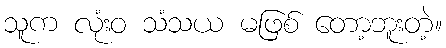
သူက လုံးဝ သံသယ မဖြစ် တော့ဘူးတဲ့။